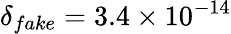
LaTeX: \delta_{fake}=3.4\times 10^{-14}